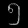
Digit: ၅